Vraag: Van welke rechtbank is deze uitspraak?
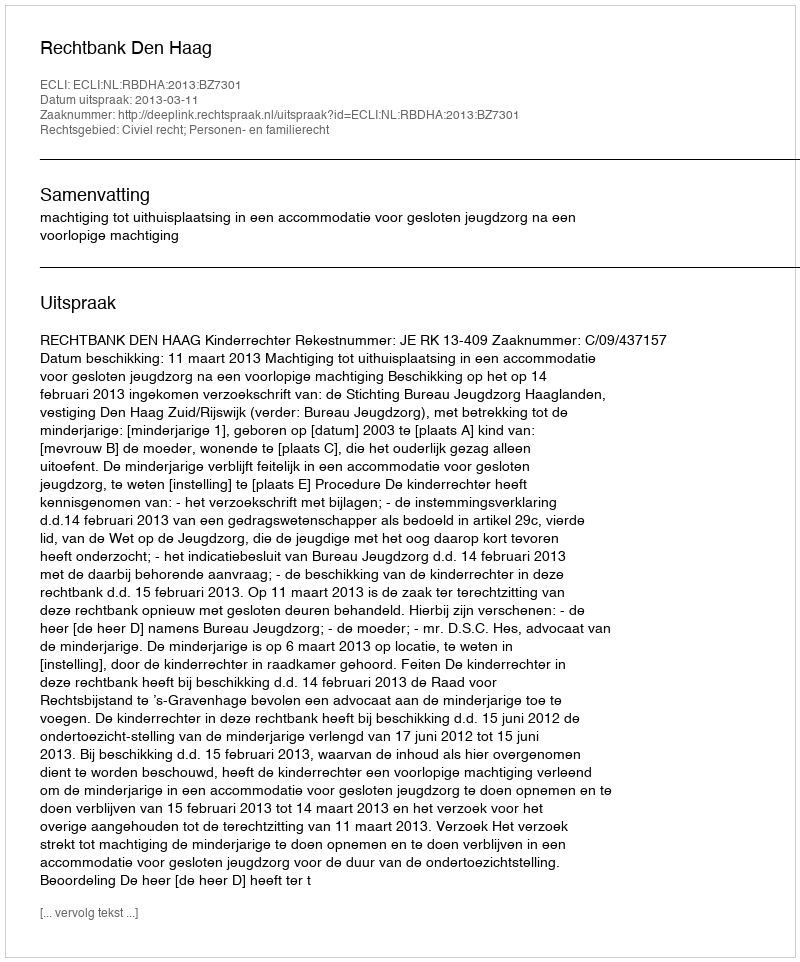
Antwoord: Rechtbank Den Haag